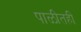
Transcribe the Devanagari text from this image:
पाळीतही